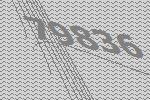
79836